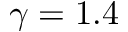
\gamma = 1 . 4